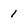
Character: 1